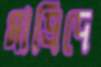
মাদ্রিদে